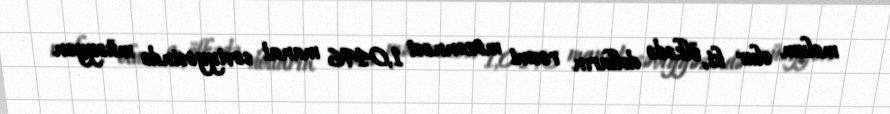
məlum olur ki, ölkədə dolların rəsmi məzənnəsi 1,0496 manat səviyyəsində müəyyən